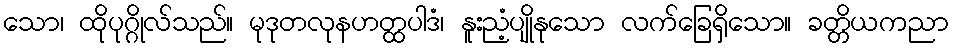
သော၊ ထိုပုဂ္ဂိုလ်သည်။ မုဒုတလုနဟတ္ထပါဒံ၊ နူးညံ့ပျိုနုသော လက်ခြေရှိသော။ ခတ္တိယကညာ